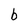
Character: b